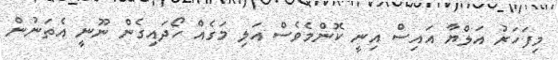
މިފަހަރު އަލްޔާ އައިސް އިނީ ކޮންމެވެސް އަލި މަގެއް ހޯދައިގެން ނޫނީ އެތަނުން